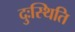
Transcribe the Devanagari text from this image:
दुःस्थिति